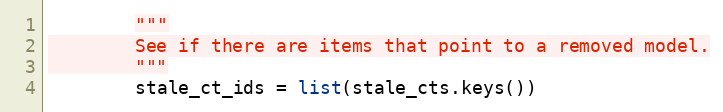
Language: Python
        """
        See if there are items that point to a removed model.
        """
        stale_ct_ids = list(stale_cts.keys())